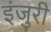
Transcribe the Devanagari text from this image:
इंजुरी